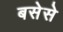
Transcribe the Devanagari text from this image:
बसेसे